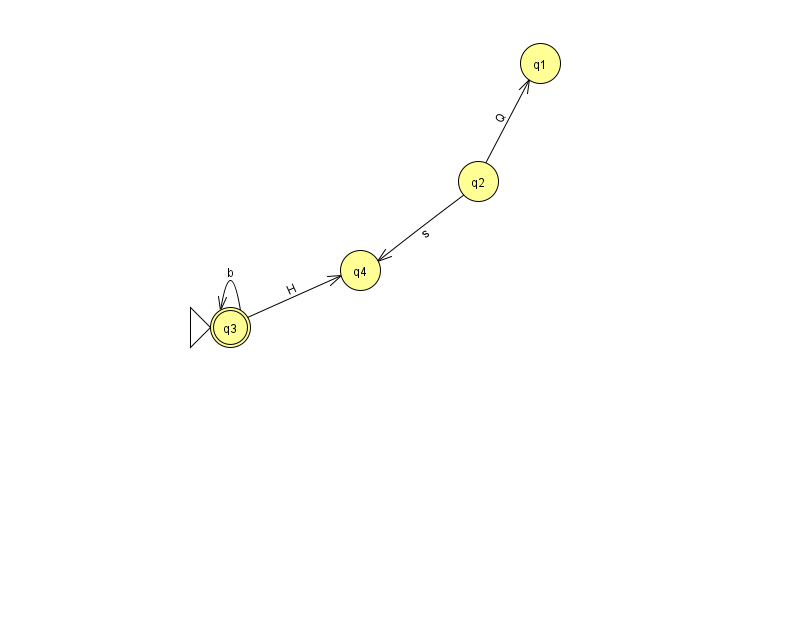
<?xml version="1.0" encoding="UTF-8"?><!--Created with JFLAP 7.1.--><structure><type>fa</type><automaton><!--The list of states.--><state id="1" name="q1"><x>540.0</x><y>50.0</y></state><state id="2" name="q2"><x>478.0</x><y>168.0</y></state><state id="3" name="q3"><x>230.0</x><y>314.0</y><initial/><final/></state><state id="4" name="q4"><x>360.0</x><y>257.0</y></state><!--The list of transitions.--><transition><from>3</from><to>4</to><read>H</read></transition><transition><from>3</from><to>3</to><read>b</read></transition><transition><from>2</from><to>1</to><read>Q</read></transition><transition><from>2</from><to>4</to><read>s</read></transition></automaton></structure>